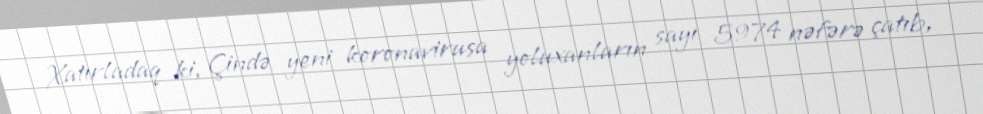
Xatırladaq ki, Çində yeni koronavirusa yoluxanların sayı 5974 nəfərə çatıb,